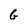
Character: G